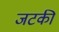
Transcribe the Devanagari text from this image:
जटकी